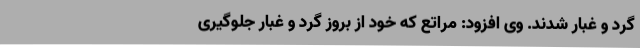
گرد و غبار شدند. وی افزود: مراتع که خود از بروز گرد و غبار جلوگیری